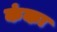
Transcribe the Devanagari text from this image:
कंकः